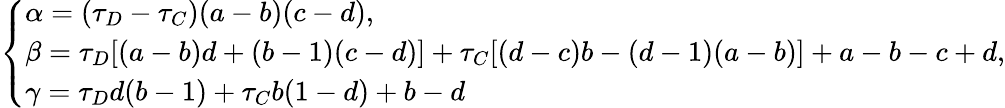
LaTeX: \left\{ \begin{array}{ll}{\alpha=(\tau_{D}-\tau_{C})(a-b)(c-d),}\\ {\beta=\tau_{D}[(a-b)d+(b-1)(c-d)]+\tau_{C}[(d-c)b-(d-1)(a-b)]+a-b-c+d,}\\ {\gamma=\tau_{D}d(b-1)+\tau_{C}b(1-d)+b-d}\end{array}\right.